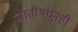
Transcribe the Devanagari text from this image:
जातींमधूनही